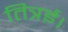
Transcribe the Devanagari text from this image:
तित्रई।